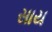
સાય